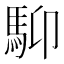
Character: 䭹